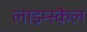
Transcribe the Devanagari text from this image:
लाइम्स्केल